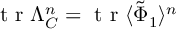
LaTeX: \makebox { t r } \Lambda _ { C } ^ { n } = \makebox { t r } \langle \tilde { \Phi } _ { 1 } \rangle ^ { n }